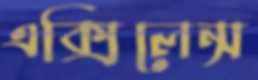
এক্সিলেন্স